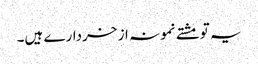
یہ تو مشتے نمونہ از خردارے ہیں۔